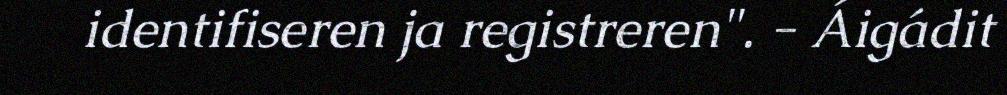
identifiseren ja registreren". - Áigádit